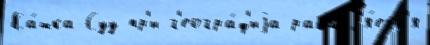
Ка́шка-Суу пр'и г'еогра́ф'иjа расшир'я́етс'я